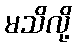
မသိလို့